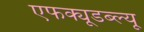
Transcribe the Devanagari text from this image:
एफक्यूडब्ल्यू